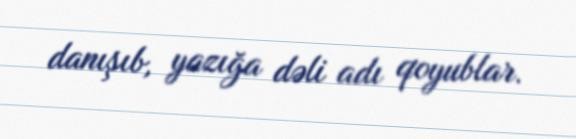
danışıb, yazığa dəli adı qoyublar.